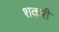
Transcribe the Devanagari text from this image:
शकरी